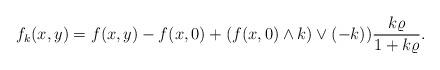
LaTeX: \begin{align*}f_k(x,y)=f(x,y)-f(x,0)+(f(x,0)\wedge k)\vee(-k))\frac{k\varrho}{1+k\varrho}.\end{align*}